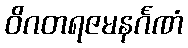
ဝိဂတရဇမနင်္ဂဏံ